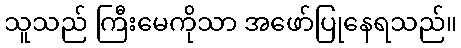
သူသည် ကြီးမေကိုသာ အဖော်ပြုနေရသည်။